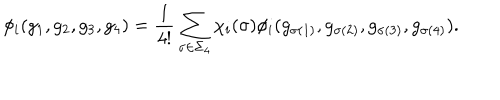
\phi _ { i } ( g _ { 1 } , g _ { 2 } , g _ { 3 } , g _ { 4 } ) = { \frac { 1 } { 4 ! } } \sum _ { \sigma \in \Sigma _ { 4 } } \chi _ { i } ( \sigma ) \phi _ { i } ( g _ { \sigma ( 1 ) } , g _ { \sigma ( 2 ) } , g _ { \sigma ( 3 ) } , g _ { \sigma ( 4 ) } ) .